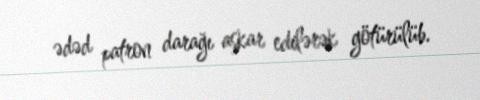
ədəd patron darağı aşkar edilərək götürülüb.